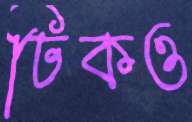
ঢিকও